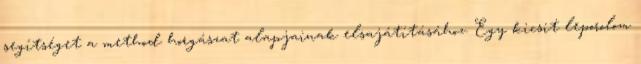
segítséget a method horgászat alapjainak elsajátításához. Egy kicsit leporolom